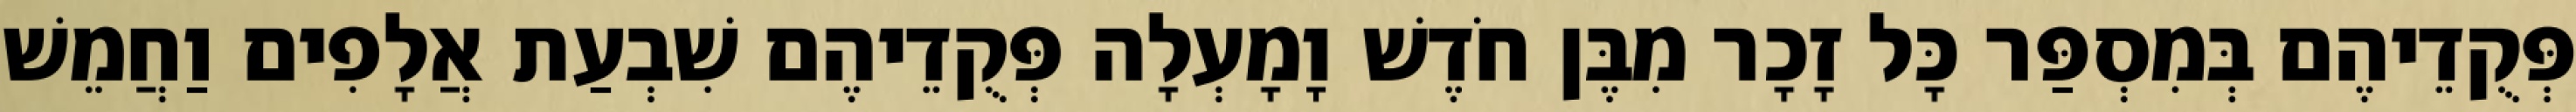
פְּקֻדֵיהֶם בְּמִסְפַּר כָּל זָכָר מִבֶּן חֹדֶשׁ וָמָעְלָה פְּקֻדֵיהֶם שִׁבְעַת אֲלָפִים וַחֲמֵשׁ